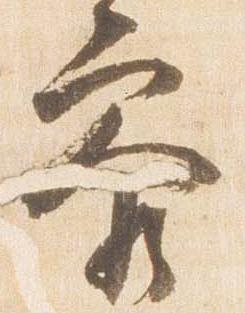
参